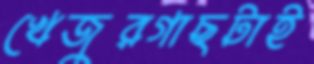
খেজুরগাছটাই